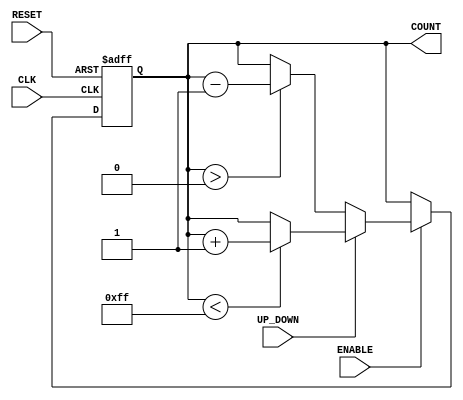
module UpDownCounter (
    input wire CLK,          // Clock signal
    input wire RESET,        // Asynchronous reset signal
    input wire ENABLE,       // Count enable signal
    input wire UP_DOWN,      // Count direction control: 1 for up, 0 for down
    output reg [7:0] COUNT   // Current count output (8-bit for example)
);

    // Parameters for maximum and minimum count values
    parameter MAX_COUNT = 8'hFF; // Maximum count value (255)
    parameter MIN_COUNT = 8'h00;  // Minimum count value (0)

    // Asynchronous reset and counting logic
    always @(posedge CLK or posedge RESET) begin
        if (RESET) begin
            COUNT <= MIN_COUNT; // Reset counter to MIN_COUNT
        end else if (ENABLE) begin
            if (UP_DOWN) begin
                // Count up
                if (COUNT < MAX_COUNT) begin
                    COUNT <= COUNT + 1; // Increment count
                end
            end else begin
                // Count down
                if (COUNT > MIN_COUNT) begin
                    COUNT <= COUNT - 1; // Decrement count
                end
            end
        end
    end

endmodule